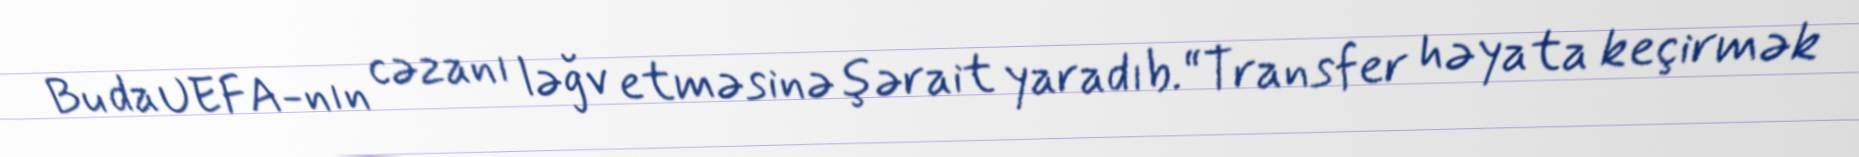
Bu da UEFA-nın cəzanı ləğv etməsinə şərait yaradıb.“Transfer həyata keçirmək